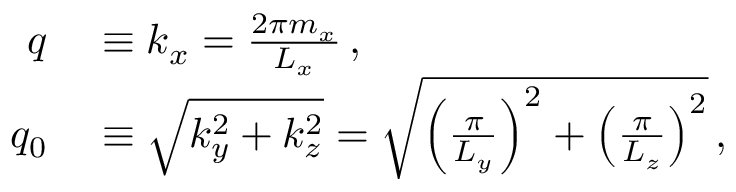
\begin{array} { r l } { q } & { { } \equiv k _ { x } = \frac { 2 \pi m _ { x } } { L _ { x } } \, , } \\ { q _ { 0 } } & { { } \equiv \sqrt { k _ { y } ^ { 2 } + k _ { z } ^ { 2 } } = \sqrt { \left( \frac { \pi } { L _ { y } } \right) ^ { 2 } + \left( \frac { \pi } { L _ { z } } \right) ^ { 2 } } \, , } \end{array}